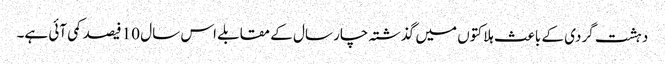
دہشت گردی کے باعث ہلاکتوں میں گذشتہ چار سال کے مقابلے اس سال 10 فیصد کمی آئی ہے۔